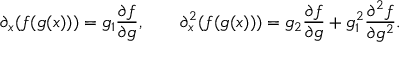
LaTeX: \partial _ { x } ( f ( g ( x ) ) ) = g _ { 1 } \frac { \partial f } { \partial g } , \qquad \partial _ { x } ^ { 2 } ( f ( g ( x ) ) ) = g _ { 2 } \frac { \partial f } { \partial g } + g _ { 1 } ^ { 2 } \frac { \partial ^ { 2 } f } { \partial g ^ { 2 } } .